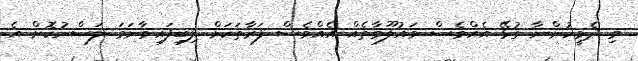
މި ދެމީހުންނާ ގުޅޭ އެއްވެސް މައުލޫމާތެއް އެއްވެސް ފަރާތަކަށް ލިބިފައިވާނަމަ ލަސްނުކޮށް އެ